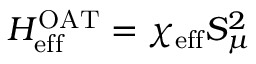
H _ { \mathrm { e f f } } ^ { \mathrm { O A T } } = \chi _ { \mathrm { e f f } } S _ { \mu } ^ { 2 }